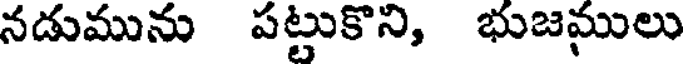
నడుమును పట్టుకొని, భుజములు